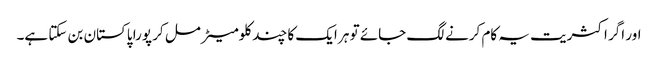
اور اگر اکثریت یہ کام کرنے لگ جائے تو ہر ایک کا چند کلومیٹر مل کر پورا پاکستان بن سکتا ہے۔